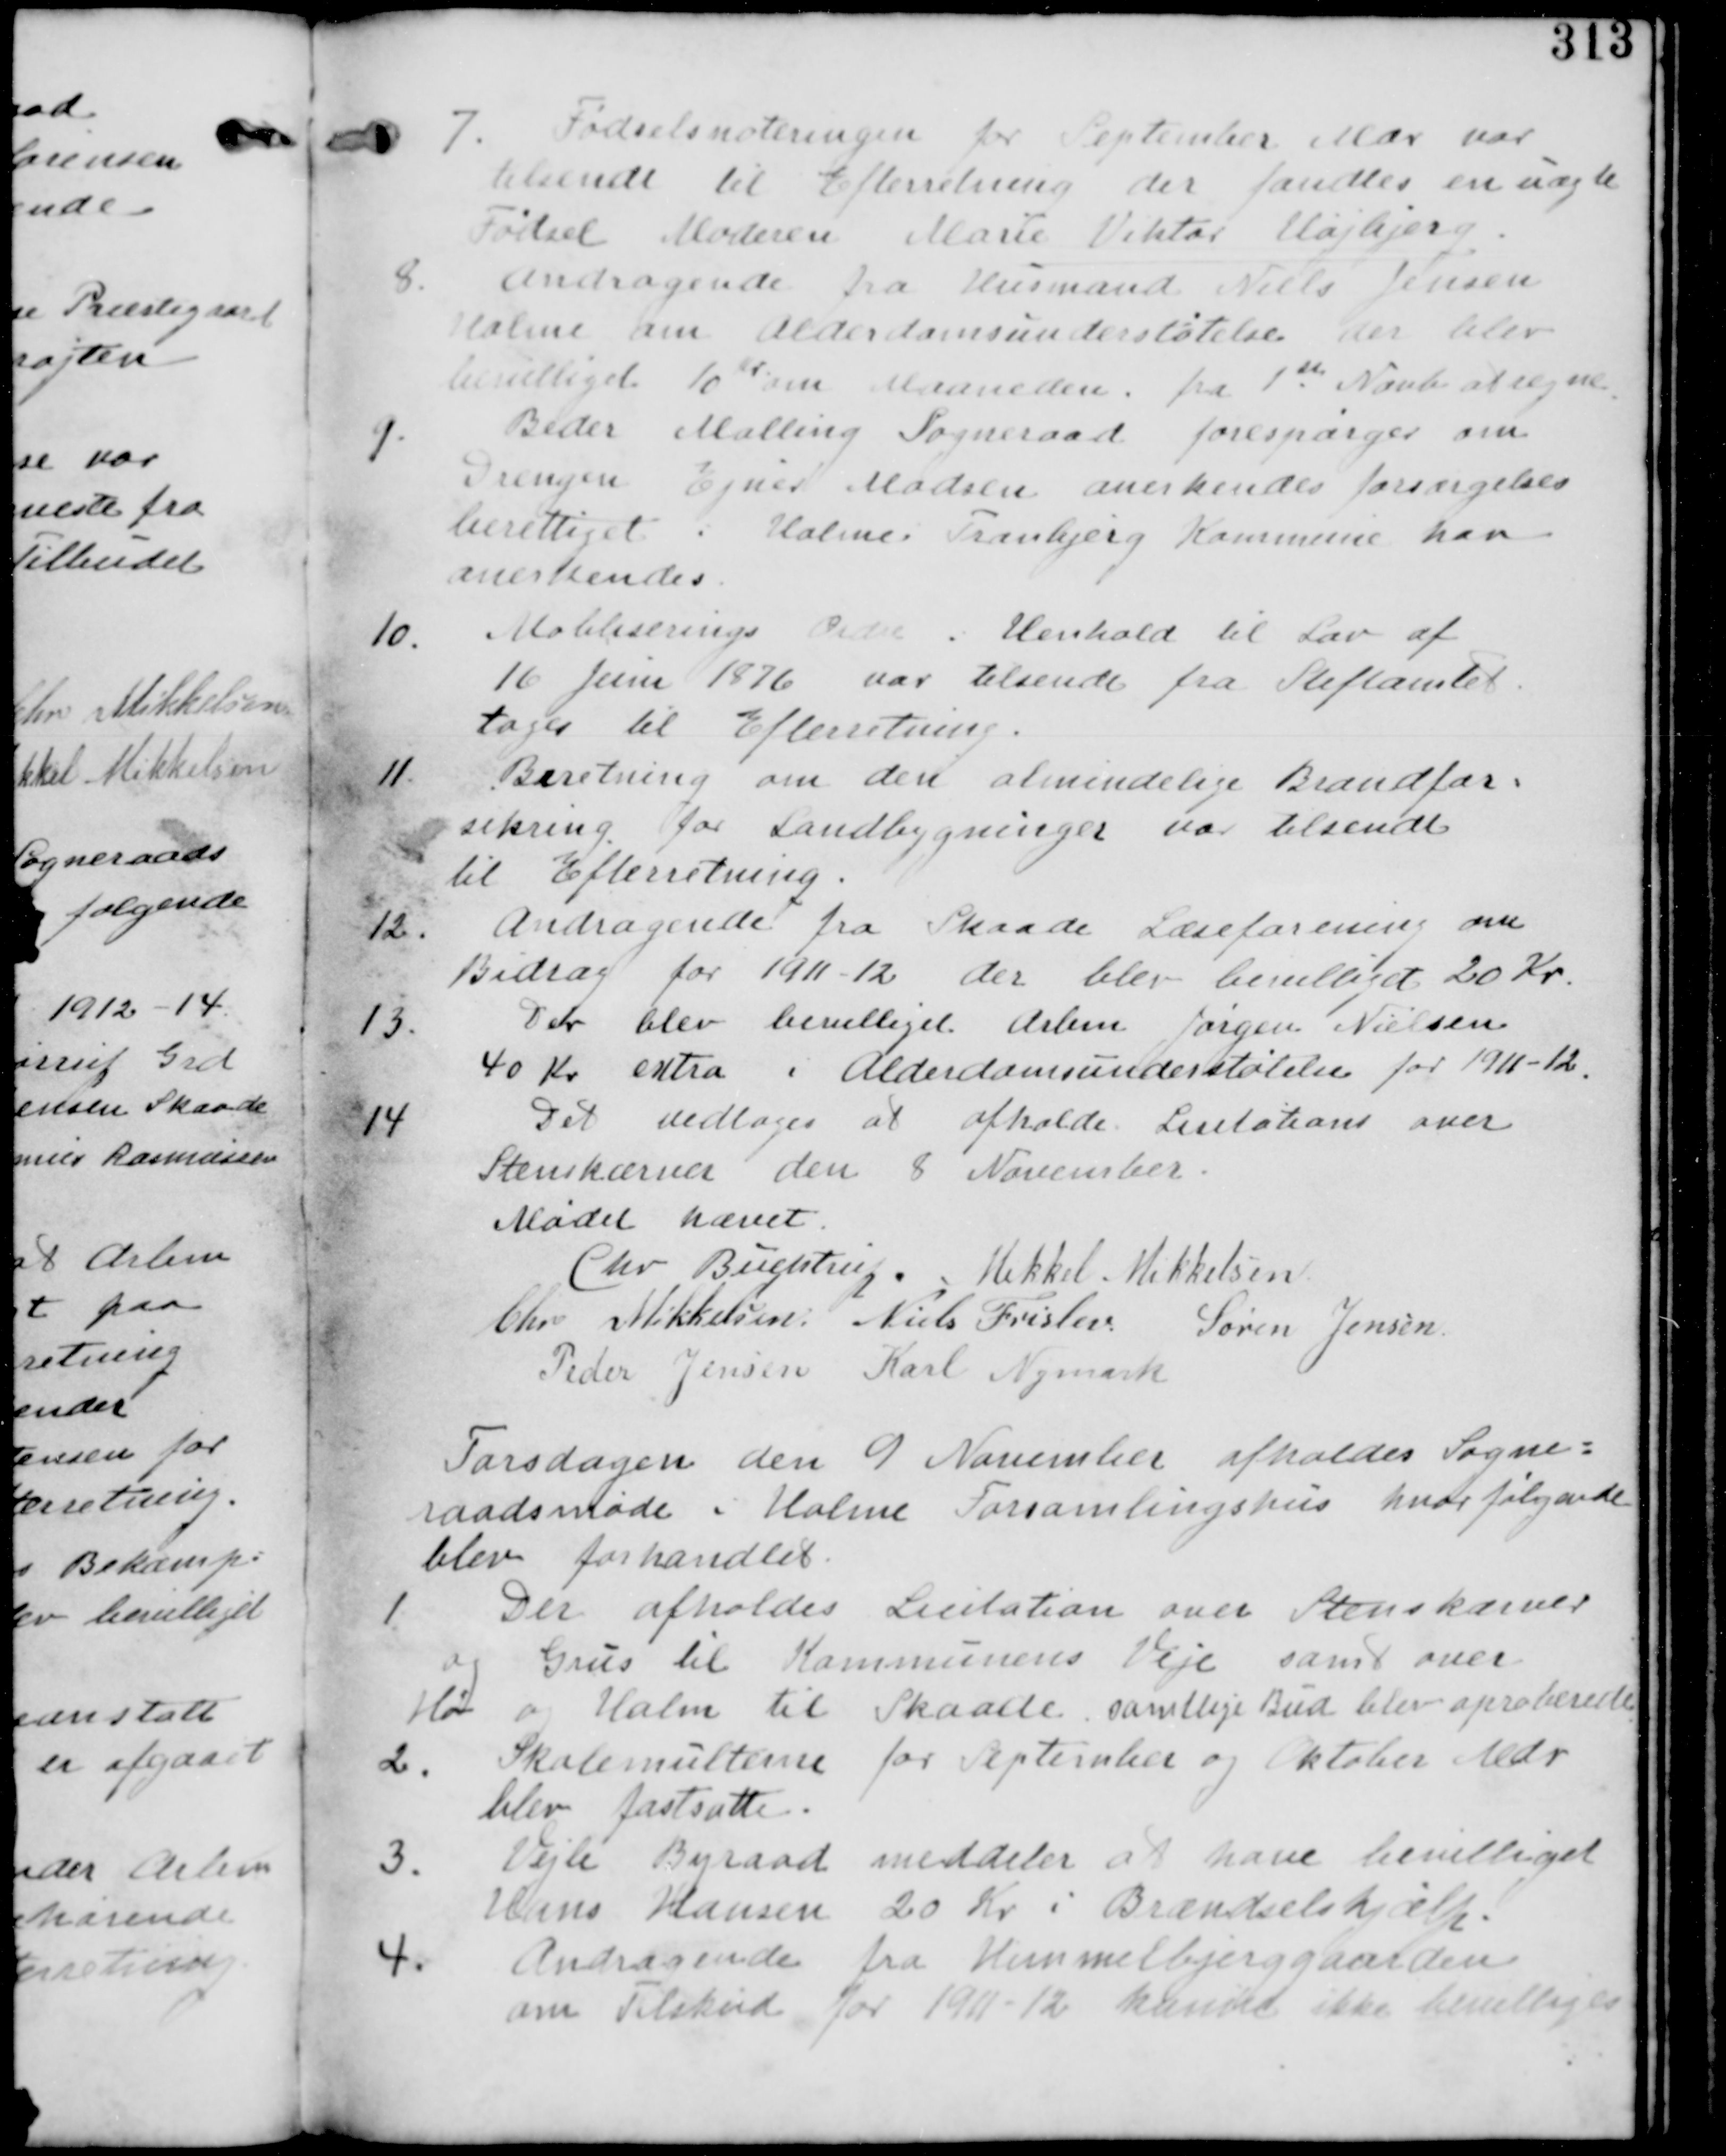
Transskription:
7. Fødselsnoteringen for September Mdr var
tilsendt til Efterretning der fandtes en uægte
Fødsel Moderen Marie Viktor Højbjerg.

8.
Andragende fra Husmand Niels Jensen
Holme om Alderdomsunderstøttelse der blev
bevilliget 10 Kr om Maaneden. fra 1ste November at regne.

9.
Beder Malling Sogneraad forespørger om
Drengen Ejner Madsen anerkendes forsørgelses
berettiget i Holme Tranbjerg Kommune kan
anerkendes.

10.
Mobliserings  i Henhold til Lov af
16. Juni 1876 var tilsendt fra Stiftamtet
tages til Efterretning.

11. Beretning om den almindelige Brandfor-
sikring for Landbygninger var tilsendt
til Efterretning.

12. Andragende fra Skaade Læseforening om
Bidrag for 1911-12 der blev bevilliget 20 Kr.

13.
Der blev bevilliget Arbm Jørgen Nielsen
40 Kr. ekstra i Alderdomsunderstøtelse for 1911-12

14.
Det vedtages at afholde Licitation over
Stenskærver den 8. November.

Mødet hævet

Chr. Buchtrup. Mikkel Mikkelsen

Chr. Mikkelsen. Niels Frislev. Søren Jensen

Peder Jensen. Karl Nymark

Torsdagen den 9. November afholdes Sogne:
raadsmøde i Holme Forsamlingshus hvor følgende
blev forhandlet

1. Der afholdes Licitation over Stenskærver
og Grus til Kommunens Veje samt over
Hø og Halm til Skaade samtlige Bud blev aproberede

2. Skolemulterne for September og Oktober Mdr
blev fastsatte.

3. Vejle Byraad meddeler at have bevilliget
Hans Hansen 20 Kr. i Brændselshjælp.

4.
Andragende fra Himmelbjerggaarden
om Tilskud for 1911-12 blev ikke bevilliget.